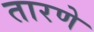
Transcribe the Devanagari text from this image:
तारणे